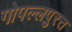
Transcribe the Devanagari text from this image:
गोपल्लपुरत्त